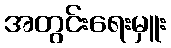
အတွင်းရေးမှူး